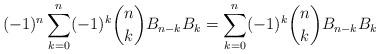
LaTeX: \begin{align*} (-1)^n \sum_{k=0}^n (-1)^k \binom{n}{k} B_{n-k}B_k = \sum_{k=0}^n (-1)^k \binom{n}{k} B_{n-k}B_k \end{align*}